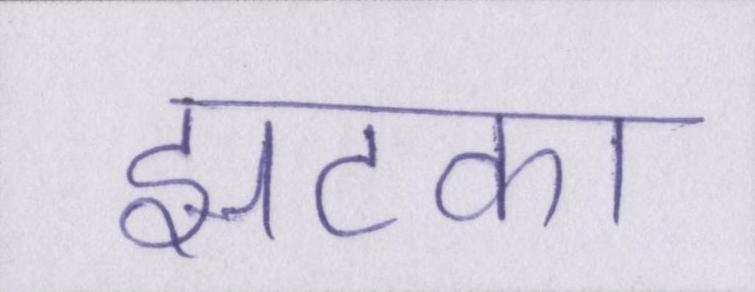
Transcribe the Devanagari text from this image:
झटका